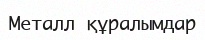
Металл құралымдар